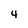
Character: 4